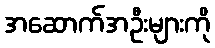
အဆောက်အဦးများကို